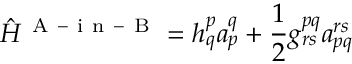
\hat { H } ^ { \mathrm { ~ A ~ - ~ i ~ n ~ - ~ B ~ } } = h _ { q } ^ { p } a _ { p } ^ { q } + \frac { 1 } { 2 } g _ { r s } ^ { p q } a _ { p q } ^ { r s }